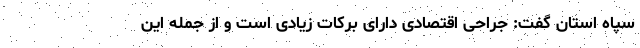
سپاه استان گفت: جراحی اقتصادی دارای برکات زیادی است و از جمله این